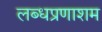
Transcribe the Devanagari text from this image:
लब्धप्रणाशम